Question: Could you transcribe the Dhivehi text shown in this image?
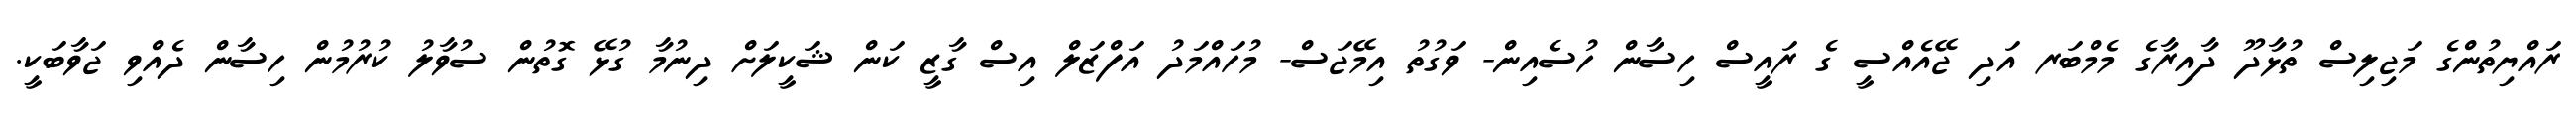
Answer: ރައްޔިތުންގެ މަޖިލިސް ތުޅާދޫ ދާއިރާގެ މެމްބަރ އަދި ޖޭއެއްސީ ގެ ރައީސް ހިސާން ހުސެއިން- ވަގުތު އިމޭޖަސް- މުހައްމަދު އަފްޒަލް އިސް ގާޒީ ކަން ޝަކީލަށް ދިނުމާ ގުޅޭ ގޮތުން ސުވާލު ކުރުމުން ހިސާން ދެއްވި ޖަވާބަކީ.